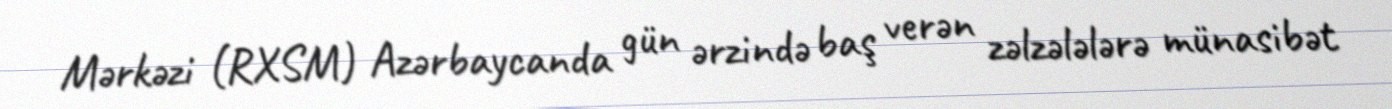
Mərkəzi (RXSM) Azərbaycanda gün ərzində baş verən zəlzələlərə münasibət